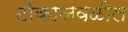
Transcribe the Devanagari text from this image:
टोकाजवळील